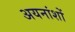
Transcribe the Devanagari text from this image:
अयनांशों